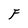
Character: F